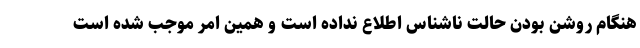
هنگام روشن بودن حالت ناشناس اطلاع نداده است و همین امر موجب شده است